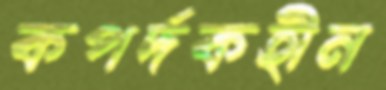
কপর্দকহীন